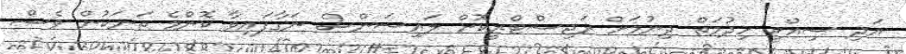
އަދި ސިއްޙީ ހިދުމަތް ދިނުމަށް ރަޖިސްޓްރީކޮށް ލައިސަންސް ނަގާފައިވާ ކޮންމެ ތަނަކުން ވެސް